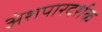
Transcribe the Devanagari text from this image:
अंशपारदर्शक